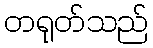
တရုတ်သည်